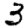
Digit: 3